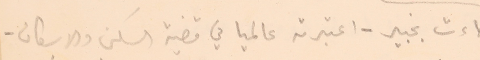
جاءت بخبير - اعتبرته عالميا في قضية السكن والاسكان.